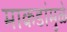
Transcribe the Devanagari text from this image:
माकडांमुळे